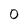
Character: 0